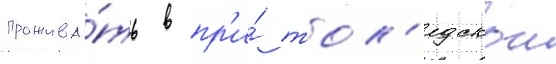
прожива́ть в пр'и́ тол'едскои